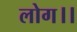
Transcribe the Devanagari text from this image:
लोग।।